Distribution and causation of leprosy in British India
Year: 1875
Disease focus: Leprosy
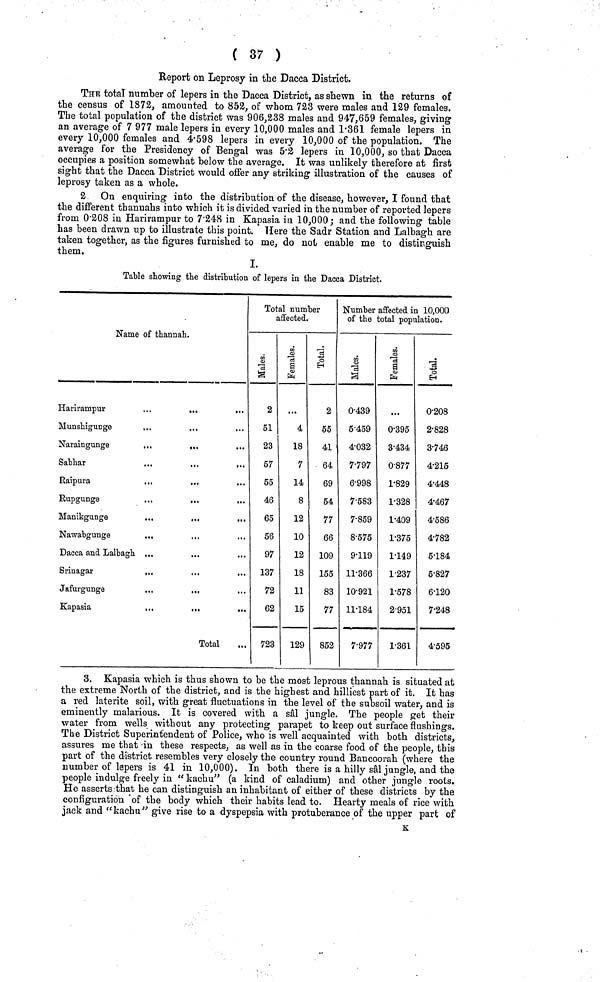
( 37 )
Report on Leprosy in the Dacca District.
THE total number of lepers in the Dacca District, as shewn in the returns of
the census of 1872, amounted to 852, of whom 723 were males and 129 females.
The total population of the district was 906,238 males and 947,659 females, giving
an average of 7 977 male lepers in every 10,000 males and 1·361 female lepers in
every 10,000 females and 4·598 lepers in every 10,000 of the population. The
average for the Presidency of Bengal was 5·2 lepers in 10,000, so that Dacca
occupies a position somewhat below the average. It was unlikely therefore at first
sight that the Dacca District would offer any striking illustration of the causes of
leprosy taken as a whole.
2 On enquiring into the distribution of the disease, however, I found that
the different thannahs into which it is divided varied in the number of reported lepers
from 0·208 in Harirampur to 7·248 in Kapasia in 10,000; and the following table
has been drawn up to illustrate this point. Here the Sadr Station and Lalbagh are
taken together, as the figures furnished to me, do not enable me to distinguish
them.
I.
Table showing the distribution of lepers in the Dacca District,
Name of thannah.
Harirampur
...
...
...
Munshigunge
Naraingunge
...
...
Sabhar
Raipura
...
...
Rupgunge
...
...
Manikgunge
...
...
...
Nawabgunge
...
Dacca and Lalbagh ...
Srinagar
Jafurgunge
Kapasia
,,.
...
...
Total
Total number
affected.
2
51
23
57
55
46
65
56
97
137
72
62
723
4
18
7
14
8
12
10
12
18
11
15
129
2
55
41
64
69
54
77
66
109
155
83
77
852
Number affected in 10,000
of the total population.
0·439
5·459
4·032
7·797
6·998
7·583
7·859
8·575
9·119
11·366
10·921
11·184
7·977
0·395
3·434
0·877
1·829
1·328
1·409
1·375
1·149
1·237
1·578
2·951
1·361
Total. 0-208
2·828
3·746
4·215
4·448
4·467
4·586
4·782
5·184
5·827
6·120
7·248
4·595
3. Kapasia which is thus shown to be the most leprous thannah is situated at
the extreme North of the district, and is the highest and hilliest part of it. It has
a red laterite soil, with great fluctuations in the level of the subsoil water, and is
eminently malarious. It is covered with a sâl jungle. The people get their
water from wells without any protecting parapet to keep out surface flushings.
The District Superintendent of Police, who is well acquainted with both districts,
assures me that -in these respects, as well as in the coarse food of the people, this
part of the district resembles very closely the country round Bancoorah (where the
number of lepers is 41 in 10,000). In both there is a hilly sâl jungle, and the
people indulge freely in " kachu" (a kind of caladium) and other jungle roots.
He asserts that he can distinguish an inhabitant of either of these districts by the
configuration of the body which their habits lead to. Hearty meals of rice with
jack and "kachu" give rise to a dyspepsia with protuberance of the upper part of
K